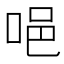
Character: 唈